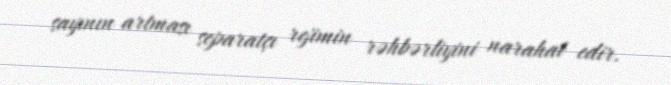
sayının artması separatçı rejimin rəhbərliyini narahat edir.